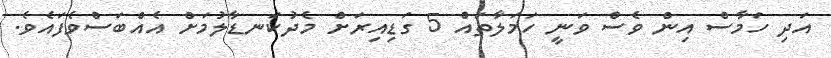
އަދި ހަމާސް އިން ވެސް ވަނީ ހަމަލާތައް 5 ގަޑިއިރަށް މެދުކަނޑާލުމަށް އެއްބަސްވެފައެވެ.